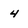
Character: 4